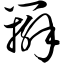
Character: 辫